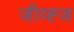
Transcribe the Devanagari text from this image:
जीव्ह्ज